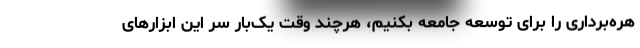
هره‌برداری را برای توسعه جامعه بکنیم، هرچند وقت یک‌بار سر این ابزارهای